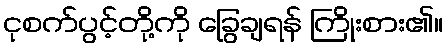
ငုစက်ပွင့်တို့ကို ခြွေချရန် ကြိုးစား၏။